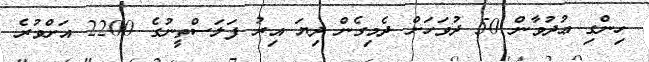
ހިންގި ޢުދުވާން 50 ދުވަހަށް ދެމިގެން ދިޔަ އިރު ފަލަސްތީނުގެ 2200 އަށްވުރެ